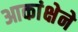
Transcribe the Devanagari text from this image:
आकांक्षेने